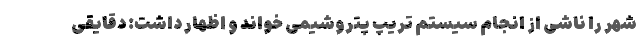
شهر را ناشی از انجام سیستم تریپ پتروشیمی خواند و اظهار داشت: دقایقی